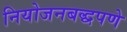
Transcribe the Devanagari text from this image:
नियोजनबद्धपणे